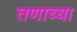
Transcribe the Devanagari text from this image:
तणाच्या